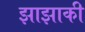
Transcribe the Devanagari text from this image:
झाझाकी